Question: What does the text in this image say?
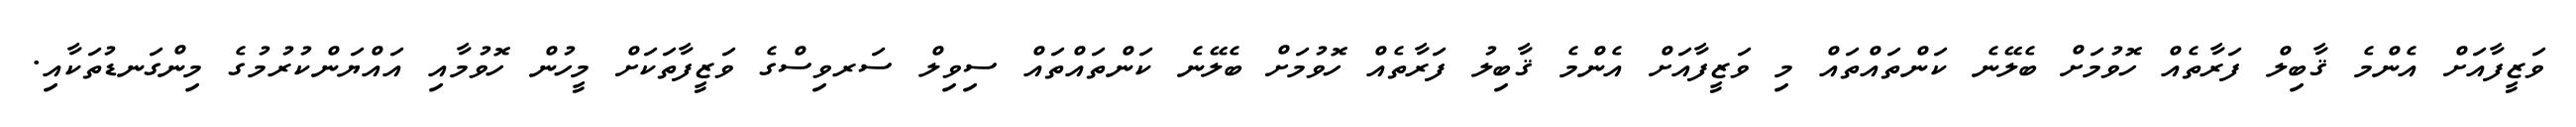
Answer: ވަޒީފާއަށް އެންމެ ޤާބިލް ފަރާތެއް ހޮވުމަށް ބެލޭނެ ކަންތައްތައް މި ވަޒީފާއަށް އެންމެ ޤާބިލު ފަރާތެއް ހޮވުމަށް ބެލޭނެ ކަންތައްތައް ސިވިލް ސަރވިސްގެ ވަޒީފާތަކަށް މީހުން ހޮވުމާއި އައްޔަންކުރުމުގެ މިންގަނޑުތަކާއި.